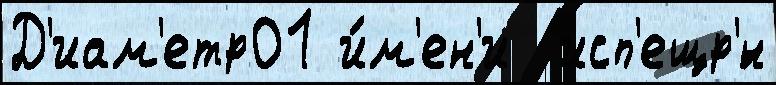
Д'иам'етр01 и́м'ен'и  исп'ещр'́н